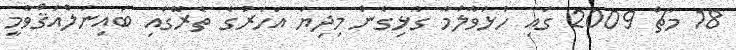
18 މާޗް 2009 ގައި ހުޅުވާލުމާ ގުޅިގެން މިދިޔަ އަހަރުގެ ތެރޭގައި ބައިނަލްއަޤްވާމީ